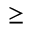
\geq